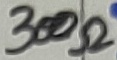
Text: 300Ω